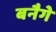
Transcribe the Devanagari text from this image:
बनैगे